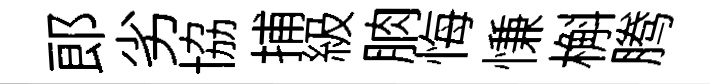
郞劣協捕級朒悔慊槲腾